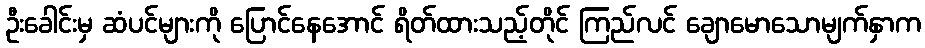
ဦးခေါင်းမှ ဆံပင်များကို ပြောင်နေအောင် ရိတ်ထားသည့်တိုင် ကြည်လင် ချောမောသောမျက်နှာက